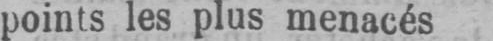
points les plus menacés